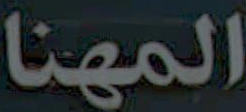
المهنا